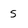
Character: 5